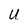
Character: U